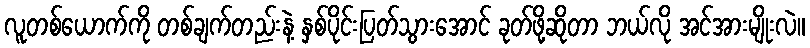
လူတစ်ယောက်ကို တစ်ချက်တည်းနဲ့ နှစ်ပိုင်းပြတ်သွားအောင် ခုတ်ဖို့ဆိုတာ ဘယ်လို အင်အားမျိုးလဲ။